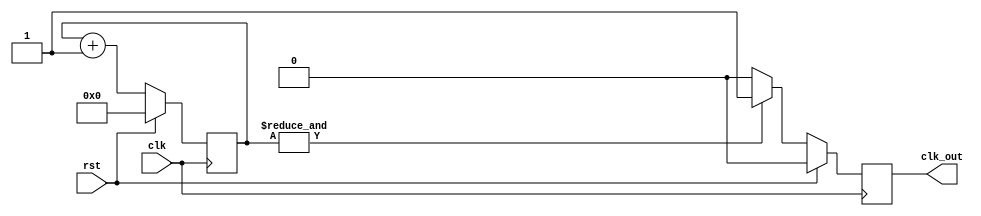
module slowclock(
	input clk,
	input rst,
	output reg clk_out
    );

reg[15:0] counter;
always @(posedge clk) begin
	if(rst) begin
		clk_out <= 0;
		counter[15:0] <= 0;
	end
	else begin
		counter <= counter + 1;
		if(&counter == 1)
			clk_out <= 1;
		else
			clk_out <= 0;
	end
end

endmodule